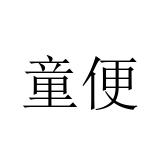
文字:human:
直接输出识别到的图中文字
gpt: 童便